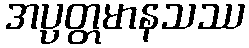
အပ္ပတ္တမာနသဿ